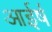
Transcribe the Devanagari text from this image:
आईर्ष